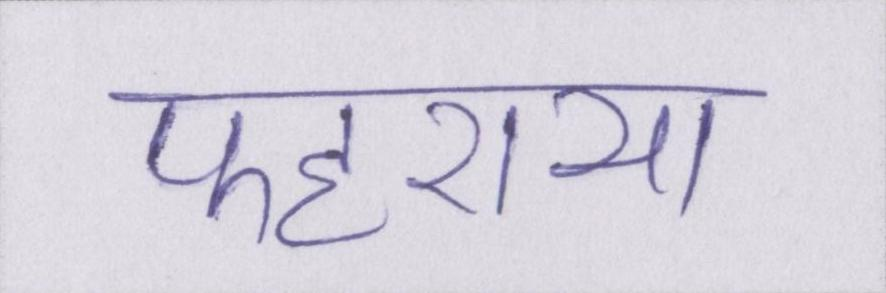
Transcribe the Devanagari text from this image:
फहराया